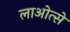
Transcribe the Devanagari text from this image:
लाओत्से